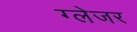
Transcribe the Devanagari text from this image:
ग्लेजर